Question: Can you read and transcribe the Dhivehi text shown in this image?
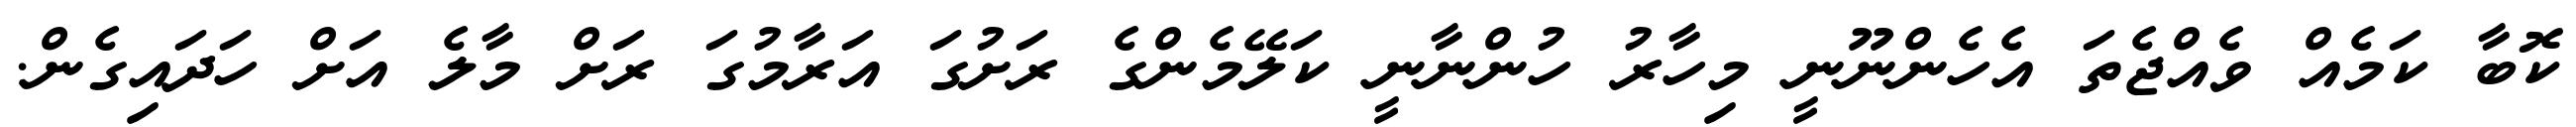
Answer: ކޮބާ ކަމެއް ވެއްޖެތަ އެހެންނޫނީ މިހާރު ހުންނާނީ ކަލޭމެންގެ ރަށުގަ އަރާމުގަ ރަށް މާލެ އަށް ހަދައިގެން.